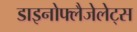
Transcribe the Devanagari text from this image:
डाइनोफ्लैजेलेट्स